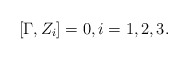
\begin{align*} [\Gamma,Z_i]=0,i=1,2,3.\end{align*}